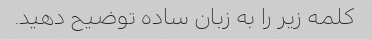
کلمه زیر را به زبان ساده توضیح دهید.